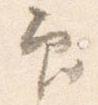
印